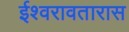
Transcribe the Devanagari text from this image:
ईश्वरावतारास